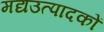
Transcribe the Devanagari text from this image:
मद्यउत्पादकों